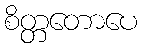
စိတ္တတောပေ